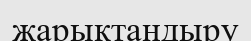
жарықтандыру